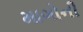
માગોની